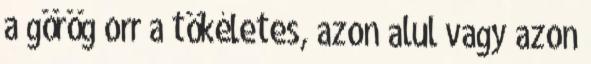
a görög orr a tökéletes, azon alul vagy azon